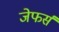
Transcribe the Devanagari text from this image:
जेफर्स